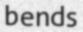
bends